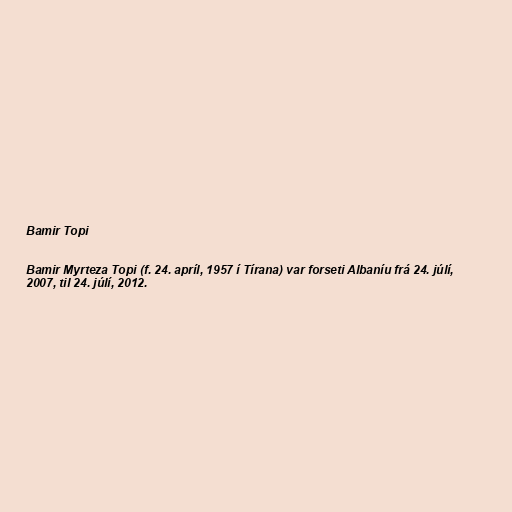
Bamir Topi

Bamir Myrteza Topi (f. 24. apríl, 1957 í Tírana) var forseti Albaníu frá 24. júlí,
2007, til 24. júlí, 2012.